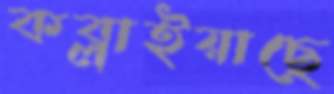
কব্‌লাইয়াছে